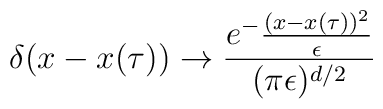
\delta (x - x (\tau) ) \rightarrow {e^-{(x-x(\tau))^2 \over \epsilon}\over (\pi\epsilon)^{d/2}}